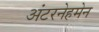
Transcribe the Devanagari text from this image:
अंटरनेहमेन